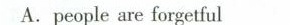
A.people are forgetful